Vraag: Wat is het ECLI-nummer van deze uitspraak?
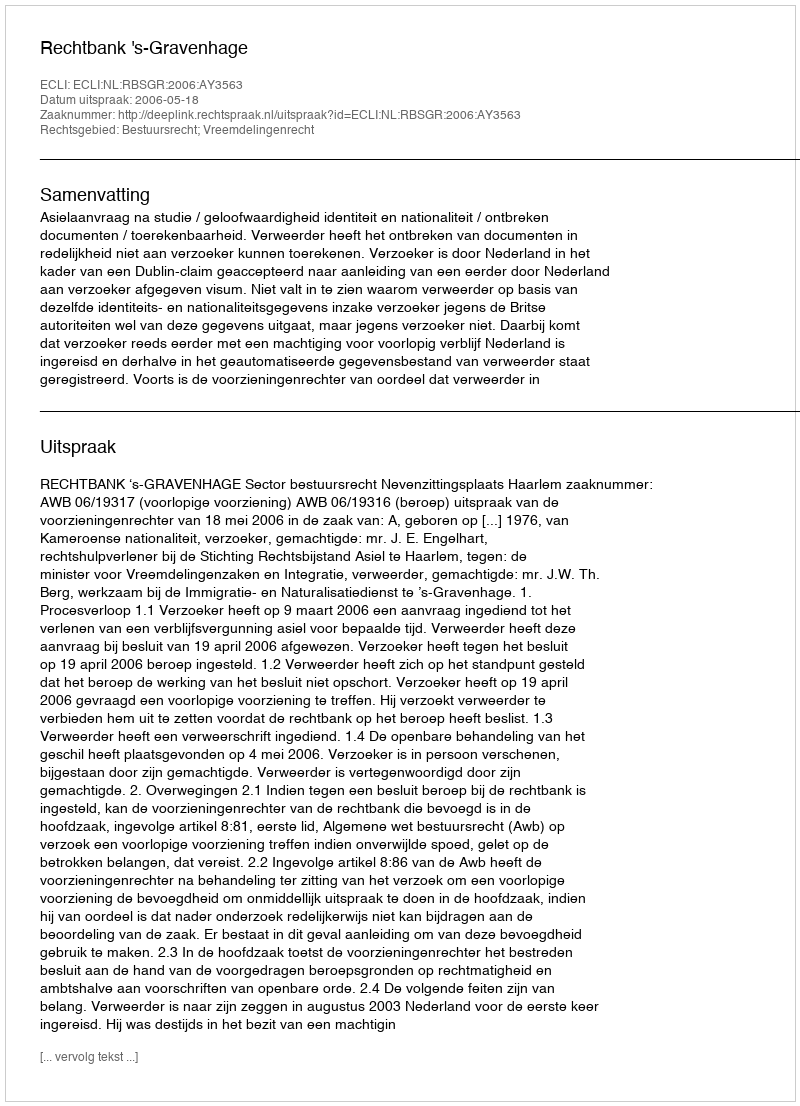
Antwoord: ECLI:NL:RBSGR:2006:AY3563